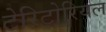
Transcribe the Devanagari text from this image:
टेरिटोरियल